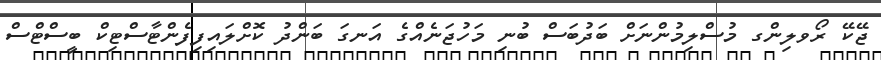
ޖޭކޭ ރޯވލިންގ މުސްލިމުންނަށް ބަދުބަސް ބުނި މަހުޖަނެއްގެ އަނގަ ބަންދު ކޮށްލައިފިފެންޓާސްޓިކް ބީސްޓްސް